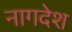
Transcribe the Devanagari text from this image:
नागदेश